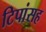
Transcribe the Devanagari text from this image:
टिपांसह